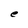
Character: e